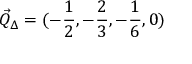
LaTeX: \vec { Q } _ { \Delta } = ( - \frac { 1 } { 2 } , - \frac { 2 } { 3 } , - \frac { 1 } { 6 } , 0 )